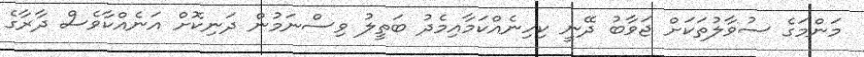
މަންމަގެ ސުވާލުތަކަށް ޖަވާބު ދޭނީ ކިހިނެއްކަމާއިމެދު ބަތީލު ވިސްނަމުން ދަނިކޮށް އަނެއްކާވެސް ދާރާގެ